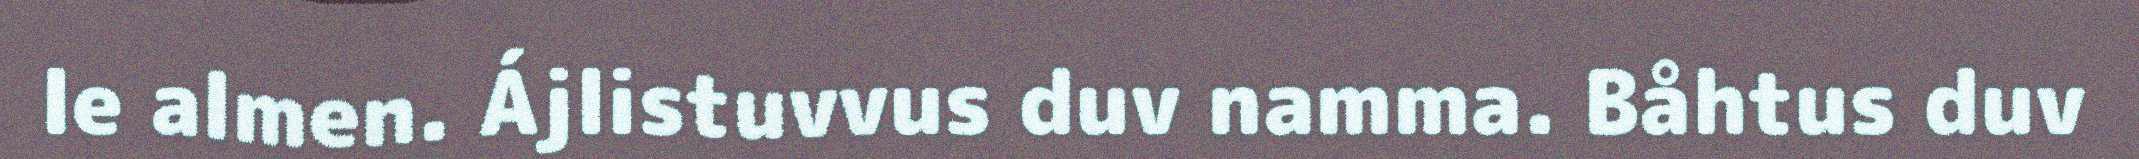
le almen. Ájlistuvvus duv namma. Båhtus duv